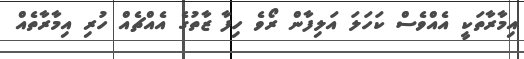
އިމާރާތަކީ އެއްވެސް ކަހަލަ އަލިފާން ރޯވެ ހިފާ ޒާތުގެ އެއްޗެއް ހުރި އިމާރާތެއް